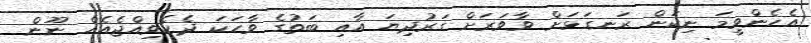
އެހެންވީމަ ނިކަން ރަނގަޅަށް ވާވަރަށް ގަރުދިޔަ އާއި ބަތުގެ ވާހަކަ ދެކެވިއްޖެއެއް ނޫން